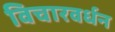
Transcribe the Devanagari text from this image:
विचारवर्धन